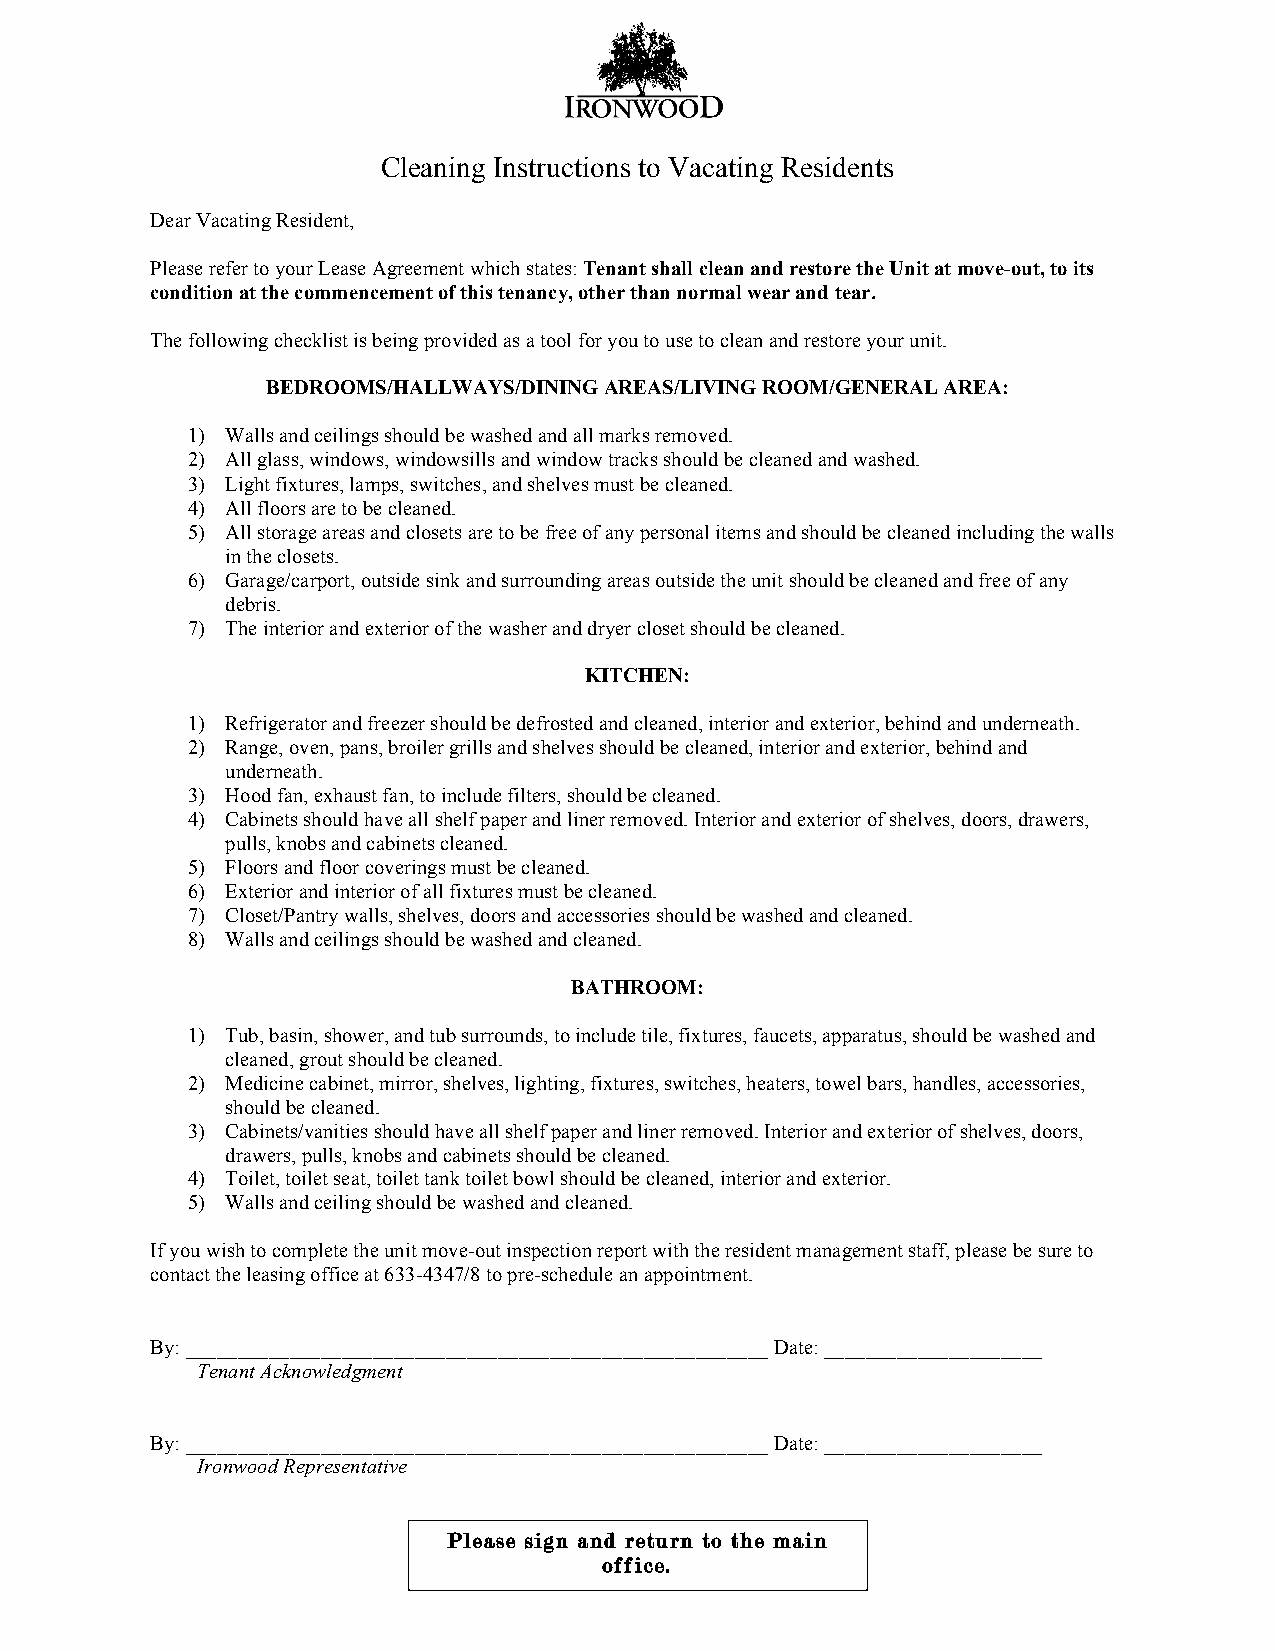
Cleaning Instructions to Vacating Residents
 Dear Vacating Resident,
 Please refer to your Lease Agreement which states: Tenant shall clean and restore the Unit at move-out, to its
 condition at the commencement of this tenancy, other than normal wear and tear.
 The following checklist is being provided as a tool for you to use to clean and restore your unit.
 BEDROOMS/HALLWAYS/DINING AREAS/LIVING ROOM/GENERAL AREA:
 1) Walls and ceilings should be washed and all marks removed.
 2) All glass, windows, windowsills and window tracks should be cleaned and washed.
 3) Light fixtures, lamps, switches, and shelves must be cleaned.
 4) All floors are to be cleaned.
 5) All storage areas and closets are to be free of any personal items and should be cleaned including the walls
 in the closets.
 6) Garage/carport, outside sink and surrounding areas outside the unit should be cleaned and free of any
 debris.
 7) The interior and exterior of the washer and dryer closet should be cleaned.
 KITCHEN:
 1) Refrigerator and freezer should be defrosted and cleaned, interior and exterior, behind and underneath.
 2) Range, oven, pans, broiler grills and shelves should be cleaned, interior and exterior, behind and
 underneath.
 3) Hood fan, exhaust fan, to include filters, should be cleaned.
 4) Cabinets should have all shelf paper and liner removed. Interior and exterior of shelves, doors, drawers,
 pulls, knobs and cabinets cleaned.
 5) Floors and floor coverings must be cleaned.
 6) Exterior and interior of all fixtures must be cleaned.
 7) Closet/Pantry walls, shelves, doors and accessories should be washed and cleaned.
 8) Walls and ceilings should be washed and cleaned.
 BATHROOM:
 1) Tub, basin, shower, and tub surrounds, to include tile, fixtures, faucets, apparatus, should be washed and
 cleaned, grout should be cleaned.
 2) Medicine cabinet, mirror, shelves, lighting, fixtures, switches, heaters, towel bars, handles, accessories,
 should be cleaned.
 3) Cabinets/vanities should have all shelf paper and liner removed. Interior and exterior of shelves, doors,
 drawers, pulls, knobs and cabinets should be cleaned.
 4) Toilet, toilet seat, toilet tank toilet bowl should be cleaned, interior and exterior.
 5) Walls and ceiling should be washed and cleaned.
 If you wish to complete the unit move-out inspection report with the resident management staff, please be sure to
 contact the leasing office at 633-4347/8 to pre-schedule an appointment.
 By: ________________________________________________________ Date: _____________________
 Tenant Acknowledgment
 By: ________________________________________________________ Date: _____________________
 Ironwood Representative
 Please sign and return to the main
 office.
 Thank You